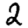
Digit: 2